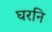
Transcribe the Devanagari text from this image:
घरनि